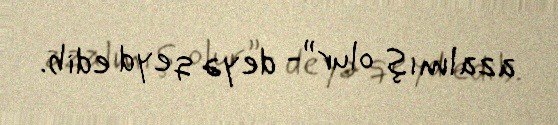
azalmış olur”- deyə qeyd edib.